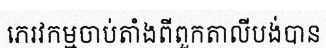
ភេរវកម្មចាប់តាំងពីពួកតាលីបង់បាន